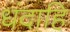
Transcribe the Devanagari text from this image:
धंदाहि